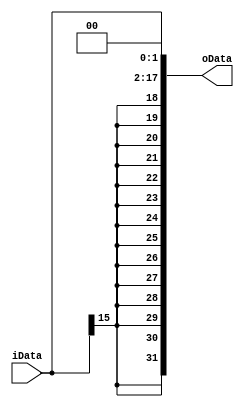
`timescale 1ns / 1ps
//////////////////////////////////////////////////////////////////////////////////
// Company: 
// Engineer: 
// 
// Design Name: 
// Module Name: Ext18
// Project Name: 
// Target Devices: 
// Tool Versions: 
// Description: 
// 
// Dependencies: 
// 
// Revision:
// Revision 0.01 - File Created
// Additional Comments:
// 
//////////////////////////////////////////////////////////////////////////////////


module Ext18(
    input [15:0] iData,
    output [31:0] oData
    );
    assign oData = {{14{iData[15]}}, iData, 2'b0};
endmodule